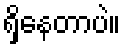
ရှိနေတာပဲ။